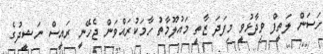
ހަސަން ލަތީފް ވިދާޅުވީ މިފަދަ ޒާތީ މައުލޫމާތު ހާމަކުރައްވަން ޖެހޭނީ ރައީސް ނަޝީދުގެ